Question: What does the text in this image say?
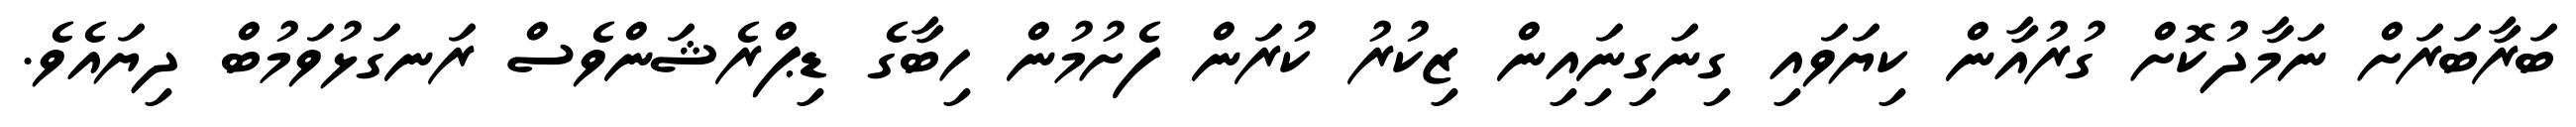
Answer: ބަރާބަރަށް ނަމާދުކޮށް ގުރުއާން ކިޔަވައި ގިނަގިނަިއިން ޒިކުރު ކުރަން ފެށުމުން ހިބާގެ ޑިޕްރެޝަންވެސް ރަނގަޅުވަމުބް ދިޔައެވެ.